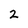
Character: 2